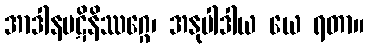
အာဒါနပဋိနိဿဂ္ဂေ၊ အနုပါဒါယ ယေ ရတာ။